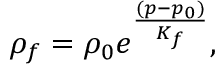
\begin{array} { r } { \rho _ { f } = \rho _ { 0 } e ^ { \frac { ( p - p _ { 0 } ) } { K _ { f } } } , } \end{array}